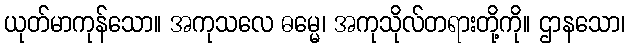
ယုတ်မာကုန်သော။ အကုသလေ ဓမ္မေ၊ အကုသိုလ်တရားတို့ကို။ ဌာနသော၊